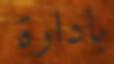
بادارة